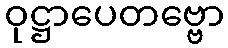
ဝုဋ္ဌာပေတဗ္ဗော